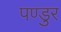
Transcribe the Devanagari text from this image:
पण्डुर